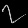
Digit: ၇